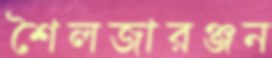
শৈলজারঞ্জন